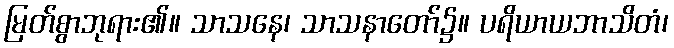
မြတ်စွာဘုရား၏။ သာသနေ၊ သာသနာတော်၌။ ပရိယာယဘာသိတံ၊